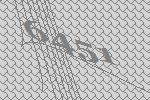
6451